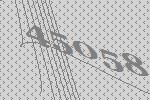
45058